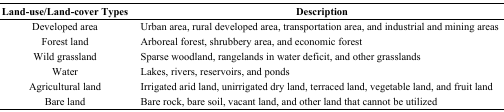
<table><thead><tr><td><b>Land-use/Land-cover Types</b></td><td><b>Description</b></td></tr></thead><tbody><tr><td>Developed area</td><td>Urban area, rural developed area, transportation area, and industrial and mining areas</td></tr><tr><td>Forest land</td><td>Arboreal forest, shrubbery area, and economic forest</td></tr><tr><td>Wild grassland</td><td>Sparse woodland, rangelands in water deficit, and other grasslands</td></tr><tr><td>Water</td><td>Lakes, rivers, reservoirs, and ponds </td></tr><tr><td>Agricultural land</td><td>Irrigated arid land, unirrigated dry land, terraced land, vegetable land, and fruit land</td></tr><tr><td>Bare land</td><td>Bare rock, bare soil, vacant land, and other land that cannot be utilized</td></tr></tbody></table>